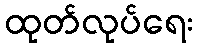
ထုတ်လုပ်ရေး